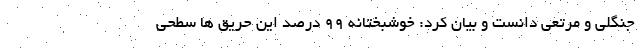
جنگلی و مرتعی دانست و بیان کرد: خوشبختانه ۹۹ درصد این حریق ها سطحی